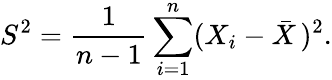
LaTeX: S^{2}={\frac{1}{n-1}}\sum_{i=1}^{n}(X_{i}-{\bar{X}}\, )^{2}.